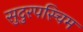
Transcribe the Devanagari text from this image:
सुदुरपस्चिम